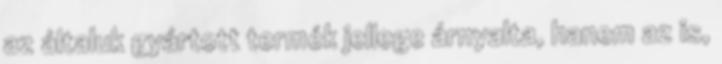
az általuk gyártott termék jellege árnyalta, hanem az is,